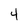
Character: 4